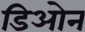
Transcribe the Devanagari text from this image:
डिओन